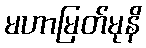
မဟာမြတ်မုနိ